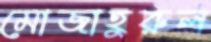
মোজাহুরুল